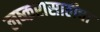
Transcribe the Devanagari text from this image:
लष्करासाठीचा